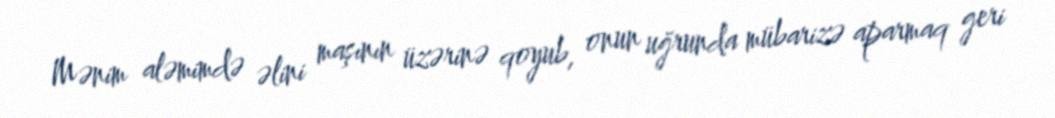
Mənim aləmimdə əlini maşının üzərinə qoyub, onun uğrunda mübarizə aparmaq geri